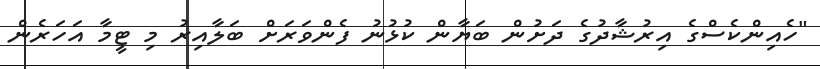
"ހެއިންކެސްގެ އިރުޝާދުގެ ދަށުން ބަޔާން ކުޅުނު ފެންވަރަށް ބަލާއިރު މި ޓީމާ އަހަރެން